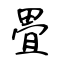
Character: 畳